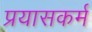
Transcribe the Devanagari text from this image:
प्रयासकर्म